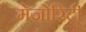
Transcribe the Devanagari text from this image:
मेजोरिटी